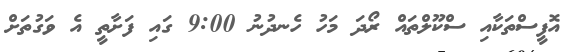
އޮފީސްތަކާއި ސްކޫލްތައް ރޯދަ މަހު ހެނދުނު 9:00 ގައި ފަށާތީ އެ ވަގުތަށް